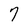
Character: 7